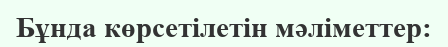
Бұнда көрсетілетін мәліметтер: